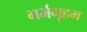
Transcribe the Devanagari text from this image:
गर्भगृहम